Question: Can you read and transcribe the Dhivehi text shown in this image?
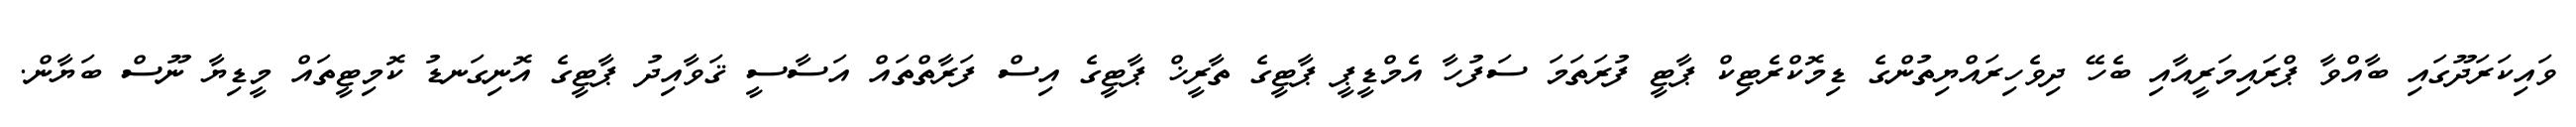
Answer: ވައިކަރަދޫގައި ބާއްވާ ޕްރައިމަރީއާއި ބެހޭ ދިވެހިރައްޔިތުންގެ ޑިމޮކްރެޓިކް ޕާޓީ ފުރަތަމަ ސަފުހާ އެމްޑީޕީ ޕާޓީގެ ތާރީޚް ޕާޓީގެ އިސް ފަރާތްތައް އަސާސީ ޤަވާއިދު ޕާޓީގެ އޮނިގަނޑު ކޮމިޓީތައް މީޑިޔާ ނޫސް ބަޔާން.